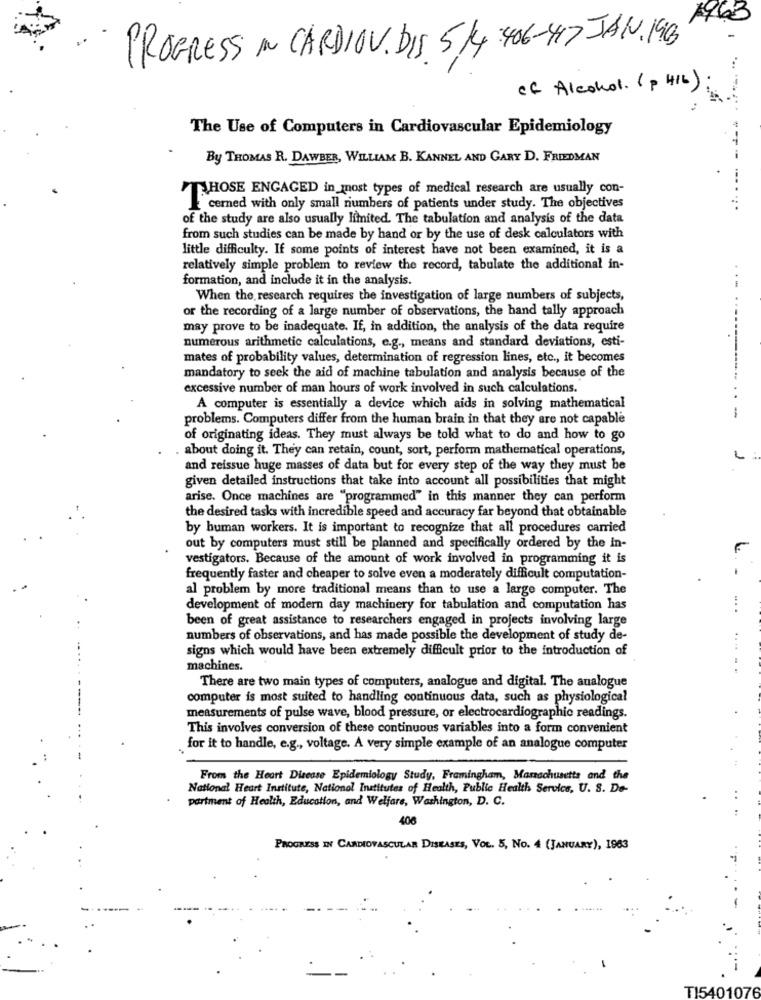
PROGRESS IN CARDIOV. DIS 514 406-417 JAN.193
of Alcohol. (p 416) :
The Use of Computers in Cardiovascular Epidemiology
By THOMAS R. DAWBER, WILLIAM B. KANNEL AND GARY D. FRIEDMAN
HOSE ENGAGED in most types of medical research are usually con-
cerned with only small numbers of patients under study. The objectives
of the study are also usually limited. The tabulation and analysis of the data
from such studies can be made by hand or by the use of desk calculators with
little difficulty. If some points of interest have not been examined, it is a
relatively simple problem to review the record, tabulate the additional in-
formation, and include it in the analysis.
When the research requires the investigation of large numbers of subjects,
or the recording of a large number of observations, the hand tally approach
may prove to be inadequate. If, in addition, the analysis of the data require
numerous arithmetic calculations, e.g ., means and standard deviations, esti-
mates of probability values, determination of regression lines, etc ., it becomes
mandatory to seek the aid of machine tabulation and analysis because of the
excessive number of man hours of work involved in such calculations.
A computer is essentially a device which aids in solving mathematical
problems. Computers differ from the human brain in that they are not capable
of originating ideas. They must always be told what to do and how to go
about doing it. They can retain, count, sort, perform mathematical operations,
L
and reissue huge masses of data but for every step of the way they must be
given detailed instructions that take into account all possibilities that might
arise. Once machines are "programmed" in this manner they can perform
the desired tasks with incredible speed and accuracy far beyond that obtainable
by human workers. It is important to recognize that all procedures carried
out by computers must still be planned and specifically ordered by the in-
vestigators. Because of the amount of work involved in programming it is
frequently faster and cheaper to solve even a moderately difficult computation-
al problem by more traditional means than to use a large computer. The
development of modern day machinery for tabulation and computation has
...
been of great assistance to researchers engaged in projects involving large
numbers of observations, and has made possible the development of study de-
signs which would have been extremely difficult prior to the introduction of
....
machines.
There are two main types of computers, analogue and digital. The analogue
computer is most suited to handling continuous data, such as physiological
measurements of pulse wave, blood pressure, or electrocardiograma readings.
This involves conversion of these continuous variables into a form convenient
for it to handle, e.g ., voltage. A very simple example of an analogue computer
From the Heart Disease Epidemiology Study, Framingham, Massachusetts and the
National Heart Institute, National Institutes of Health, Public Health Service, U. S. De-
partment of Health, Education, and Welfare, Washington, D. C.
..
406
PROGRESS IN CARDIOVASCULAR DISEASES, VOL. 5, NO. 4 (JANUARY), 1963
TI5401076